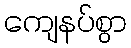
ကျေနပ်စွာ